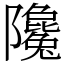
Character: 䧯